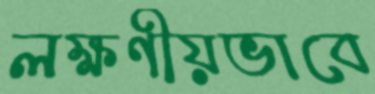
লক্ষণীয়ভাবে